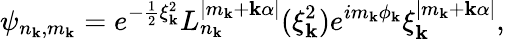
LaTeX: \psi_{n_{\mathbf{k}},m_{\mathbf{k}}}=e^{-\frac{{1}}{{2}}\xi_{\mathbf{k}}^{2}}L_{n_{\mathbf{k}}}^{|m_{\mathbf{k}}+\mathbf{k}\alpha|}(\xi_{\mathbf{k}}^{2})e^{im_{\mathbf{k}}\phi_{\mathbf{k}}}\xi_{\mathbf{k}}^{|m_{\mathbf{k}}+\mathbf{k}\alpha|},